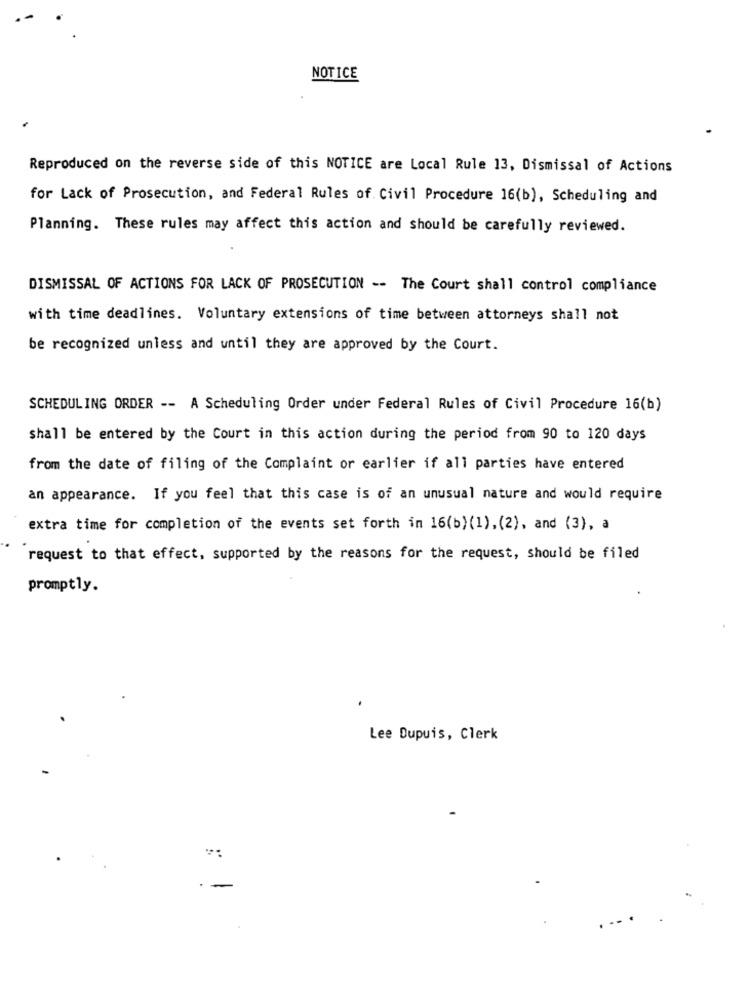
NOTICE
Reproduced on the reverse side of this NOTICE are Local Rule 13, Dismissal of Actions
for Lack of Prosecution, and Federal Rules of. Civil Procedure 16(b), Scheduling and
Planning. These rules may affect this action and should be carefully reviewed.
DISMISSAL OF ACTIONS FOR LACK OF PROSECUTION -- The Court shall control compliance
with time deadlines. Voluntary extensions of time between attorneys shall not
be recognized unless and until they are approved by the Court.
SCHEDULING ORDER -- A Scheduling Order under Federal Rules of Civil Procedure 16(b)
shall be entered by the Court in this action during the period from 90 to 120 days
from the date of filing of the Complaint or earlier if all parties have entered
an appearance. If you feel that this case is of an unusual nature and would require
extra time for completion of the events set forth in 16(b) (1), (2), and (3), a
request to that effect, supported by the reasons for the request, should be filed
promptly.
Lee Dupuis, Clerk